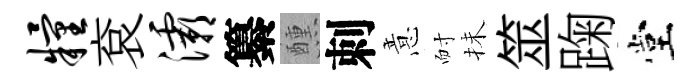
粮袞灞纂醺刺意耐抺筮踘堂